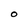
Character: O